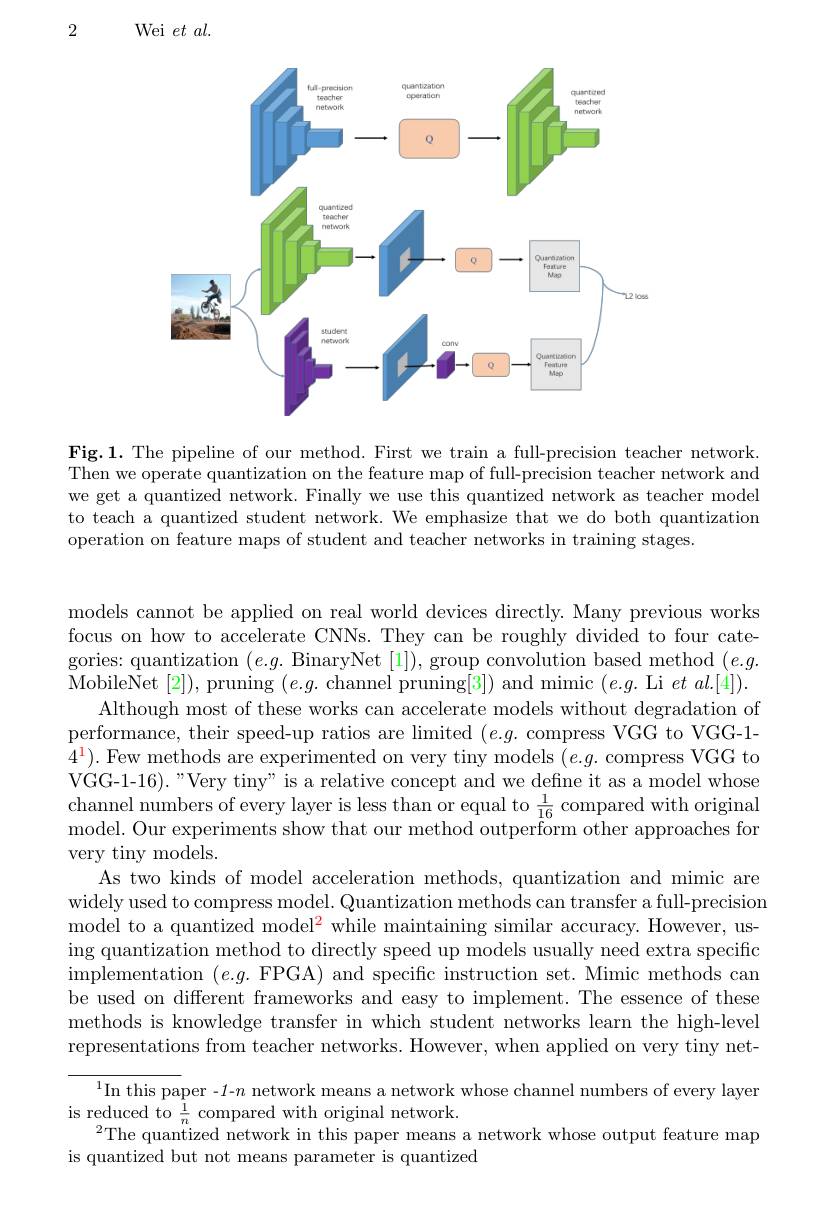
2

Wei $etal.$

<FigureHere>

Fig.1. The pipeline of our method. First we train a full-precision teacher network. Then we operate quantization on the feature map of full-precision teacher network and we get a quantized network. Finally we use this quantized network as teacher model to teach a quantized student network. We emphasize that we do both quantization operation on feature maps of student and teacher networks in training stages.

models cannot be applied on real world devices directly. Many previous works focus on how to accelerate CNNs. They can be roughly divided to four categories: quantization $(e.g.$ BinaryNet [1]), group convolution based method $(e.g.$ $\tilde{\text{MobileNet [2]), pruning }(e.g.\text{channel pruning[3]) and mimic }(e.g.\text{Li }et\:al.[4]).}$
Although most of these works can accelerate models without degradation of performance, their speed-up ratios are limited $(e.g.$ compress VGG to VGG-1- $4^{1}).$ Few methods are experimented on very tiny models $(e.g.$ compress VGG to VGG-1-16). "Very tiny" is a relative concept and we define it as a model whose channel numbers of every layer is less than or equal to $\frac1{16}$ compared with original model. Our experiments show that our method outperform other approaches for very tiny models.
As two kinds of model acceleration methods, quantization and mimic are widely used to compress model. Quantization methods can transfer a full-precision model to a quantized mode$l^2$ while maintaining similar accuracy. However, us- ing quantization method to directly speed up models usually need extra specific implementation $( e. g.$ FPGA) and specific instruction set. Mimic methods can be used on different frameworks and easy to implement. The essence of these methods is knowledge transfer in which student networks learn the high-level representations from teacher networks. However, when applied on very tiny net-
${^{1}\text{In this pa}}$per -1-$n$ network means a network whose channel numbers of every layer
is reduced to $\frac{1}{n}$ compared with original network.

$^{2}$The quantized network in this paper means a network whose output feature map
is quantized but not means parameter is quantized